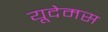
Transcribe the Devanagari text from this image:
यूदेमस